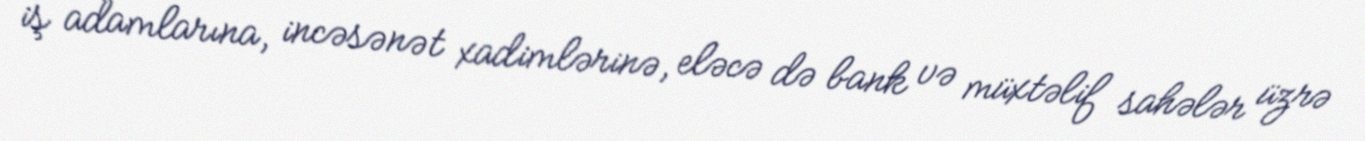
iş adamlarına, incəsənət xadimlərinə, eləcə də bank və müxtəlif sahələr üzrə